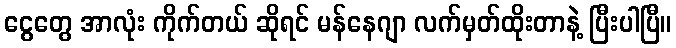
ငွေတွေ အာလုံး ကိုက်တယ် ဆိုရင် မန်နေဂျာ လက်မှတ်ထိုးတာနဲ့ ပြီးပါပြီ။